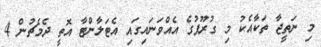
މި ނަތީޖާ ތަކާއެކު މި ގުރޫޕުގެ އެއްވަނައިގައި އެޓަލާންޓާ އޮތީ ދެމެޗުން 4